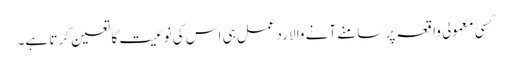
کسی معمولی واقعہ پر سامنے آنے والا ردعمل ہی اس کی نوعیت کا تعین کرتا ہے۔